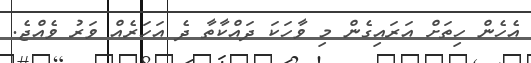
އެހެން ހިތަށް އަރައިގެން މި ވާހަކަ ދައްކާތާ ދެ އަހަރެއް ވަރު ވެއްޖެ.